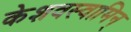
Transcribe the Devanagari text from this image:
केशवस्वामिन्